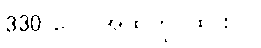
330 ပေါင်အထိကိုင်ထားပါ။